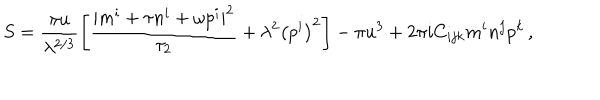
S = \frac { \pi u } { \lambda ^ { 2 / 3 } } \left[ \frac { | m ^ { i } + \tau n ^ { i } + \omega p ^ { i } | ^ { 2 } } { \tau _ { 2 } } + \lambda ^ { 2 } \left( p ^ { i } \right) ^ { 2 } \right] - \pi u ^ { 3 } + 2 \pi i C _ { i j k } m ^ { i } n ^ { j } p ^ { k } \, ,